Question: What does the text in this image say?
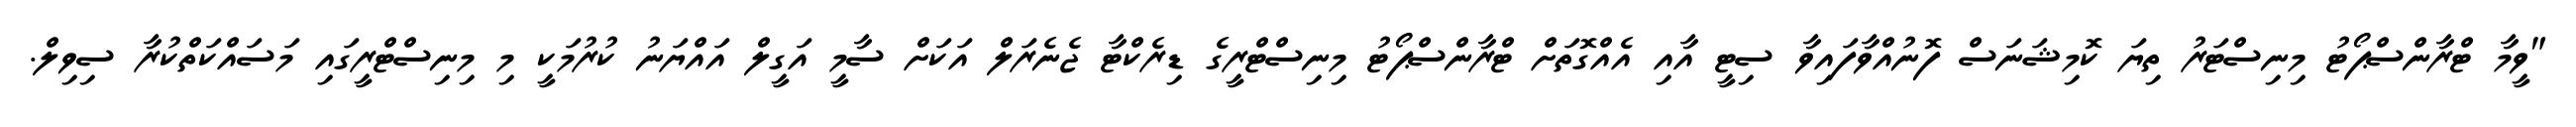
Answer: "ވީމާ ޓްރާންސްޕޯޓު މިނިސްޓަރު ތިޔަ ކޮމިޝަނަސް ފޮނުއްވާފައިވާ ސިޓީ އާއި އެއްގޮތަށް ޓްރާންސްޕޯޓު މިނިސްޓްރީގެ ޑިރެކްޓާ ޖެނެރަލް އަކަށް ސާމީ އަގީލް އައްޔަނު ކުރުމަކީ މި މިނިސްޓްރީގައި މަސައްކަތްކުރާ ސިވިލް.